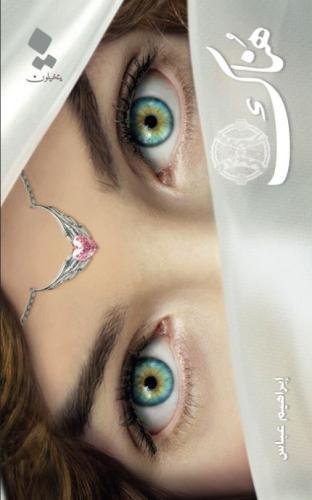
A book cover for Hunaak! (Arabic Edition); Ibraheem Abbas; Romance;